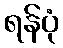
ရန်ပုံ